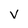
Character: v